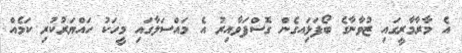
އެ މާރާމާރީގައި ޒުވާނާގެ ބޯފަޅަިއގެން ގޮސްފަވާއިރު އެ މައްސަލާގައި މީހަކު ހައްޔަރުކުރި ކަމެއް